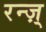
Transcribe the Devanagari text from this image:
रन्ज़्